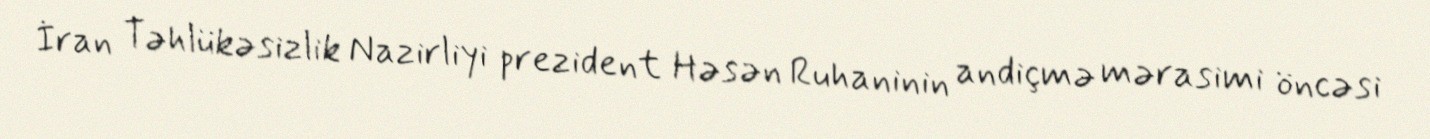
İran Təhlükəsizlik Nazirliyi prezident Həsən Ruhaninin andiçmə mərasimi öncəsi